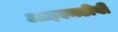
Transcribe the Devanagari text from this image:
आइएमडीबी